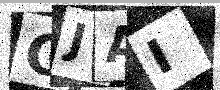
Text: GJAI